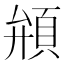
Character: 䪻